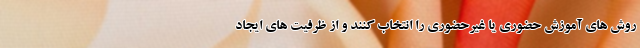
روش های آموزش حضوری یا غیرحضوری را انتخاب کنند و از ظرفیت های ایجاد